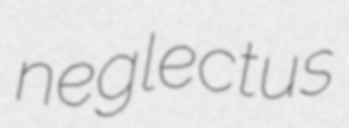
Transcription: neglectus